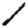
Digit: 1